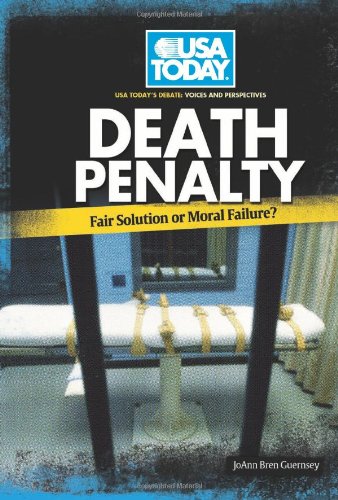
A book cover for Death Penalty: Fair Solution or Moral Failure? (USA Today's Debate: Voices and Perspectives); Joann Bren Guernsey; Teen & Young Adult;